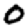
Digit: 0